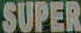
SUPER